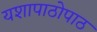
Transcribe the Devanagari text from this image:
यशापाठोपाठ